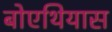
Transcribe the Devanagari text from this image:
बोएथियास